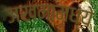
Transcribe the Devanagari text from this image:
जखमामध्ये